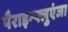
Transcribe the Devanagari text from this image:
पैराइन्फ्लुएंजा